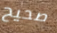
صحيح